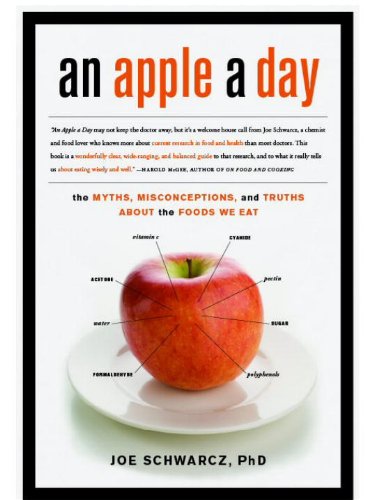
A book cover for An Apple a Day: The Myths, Misconceptions, and Truths Abou the Foods We Eat; Joe Schwarcz; Health, Fitness & Dieting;